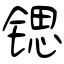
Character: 锶